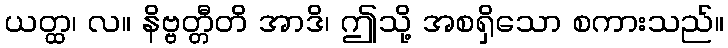
ယတ္ထ၊ လ။ နိဗ္ဗတ္တီတိ အာဒိ၊ ဤသို့ အစရှိသော စကားသည်။